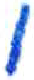
אות: ו